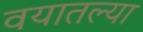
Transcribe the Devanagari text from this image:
वयातल्या